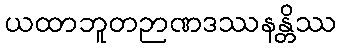
ယထာဘူတဉာဏဒဿနန္တိဿ